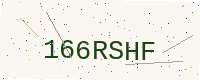
Text: 166RSHF